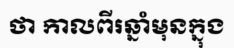
ថា កាលពីរឆ្នាំមុនក្នុង